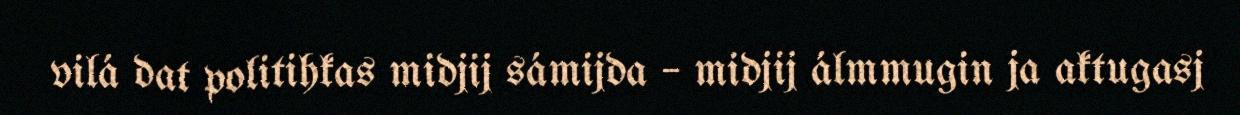
vilá dat politihkas midjij sámijda – midjij álmmugin ja aktugasj